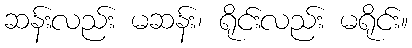
ဆန်းလည်း မဆန်း၊ ရိုင်းလည်း မရိုင်း။